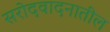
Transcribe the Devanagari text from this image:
सरोदवादनातील